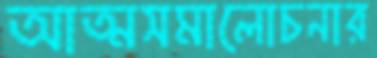
আত্মসমালোচনার